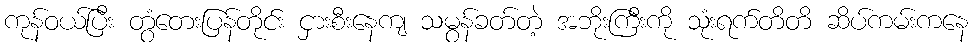
ကုန်ဝယ်ပြီး တွံတေးပြန်တိုင်း ငှားစီးနေကျ သမွန်ခတ်တဲ့ အဘိုးကြီးကို သုံးရက်တိတိ ဆိပ်ကမ်းကနေ